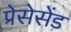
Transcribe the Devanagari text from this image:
प्रेसेसेंड